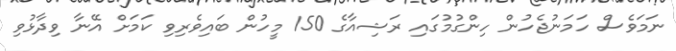
ނަމަވެސް ހަމަނުޖެހުން ހިންގުމުގައި ރަޝިއާގެ 150 މީހުން ބައިވެރިވި ކަމަށް އޭނާ ވިދާޅުވި